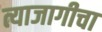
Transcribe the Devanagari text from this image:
त्याजागीचा